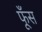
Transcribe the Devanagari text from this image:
फूँस